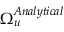
\Omega _ { u } ^ { A n a l y t i c a l }